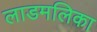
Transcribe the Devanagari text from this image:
लाडमलिका